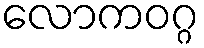
လောကဝဂ္ဂ